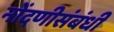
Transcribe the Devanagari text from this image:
नोंदणीसंबंधी